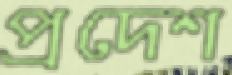
প্রদেশ